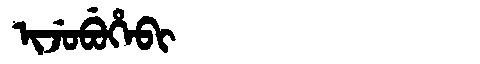
Manchu: ᡳᠵᡠᠪᡠᡥᡝᠪᡳ
Romanization: IJUBUHEBI